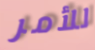
للأمر